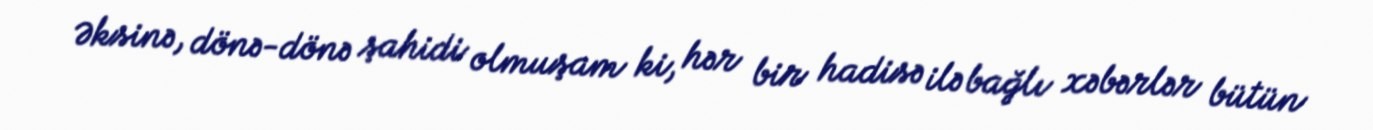
Əksinə, dönə-dönə şahidi olmuşam ki, hər bir hadisə ilə bağlı xəbərlər bütün